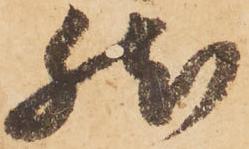
然